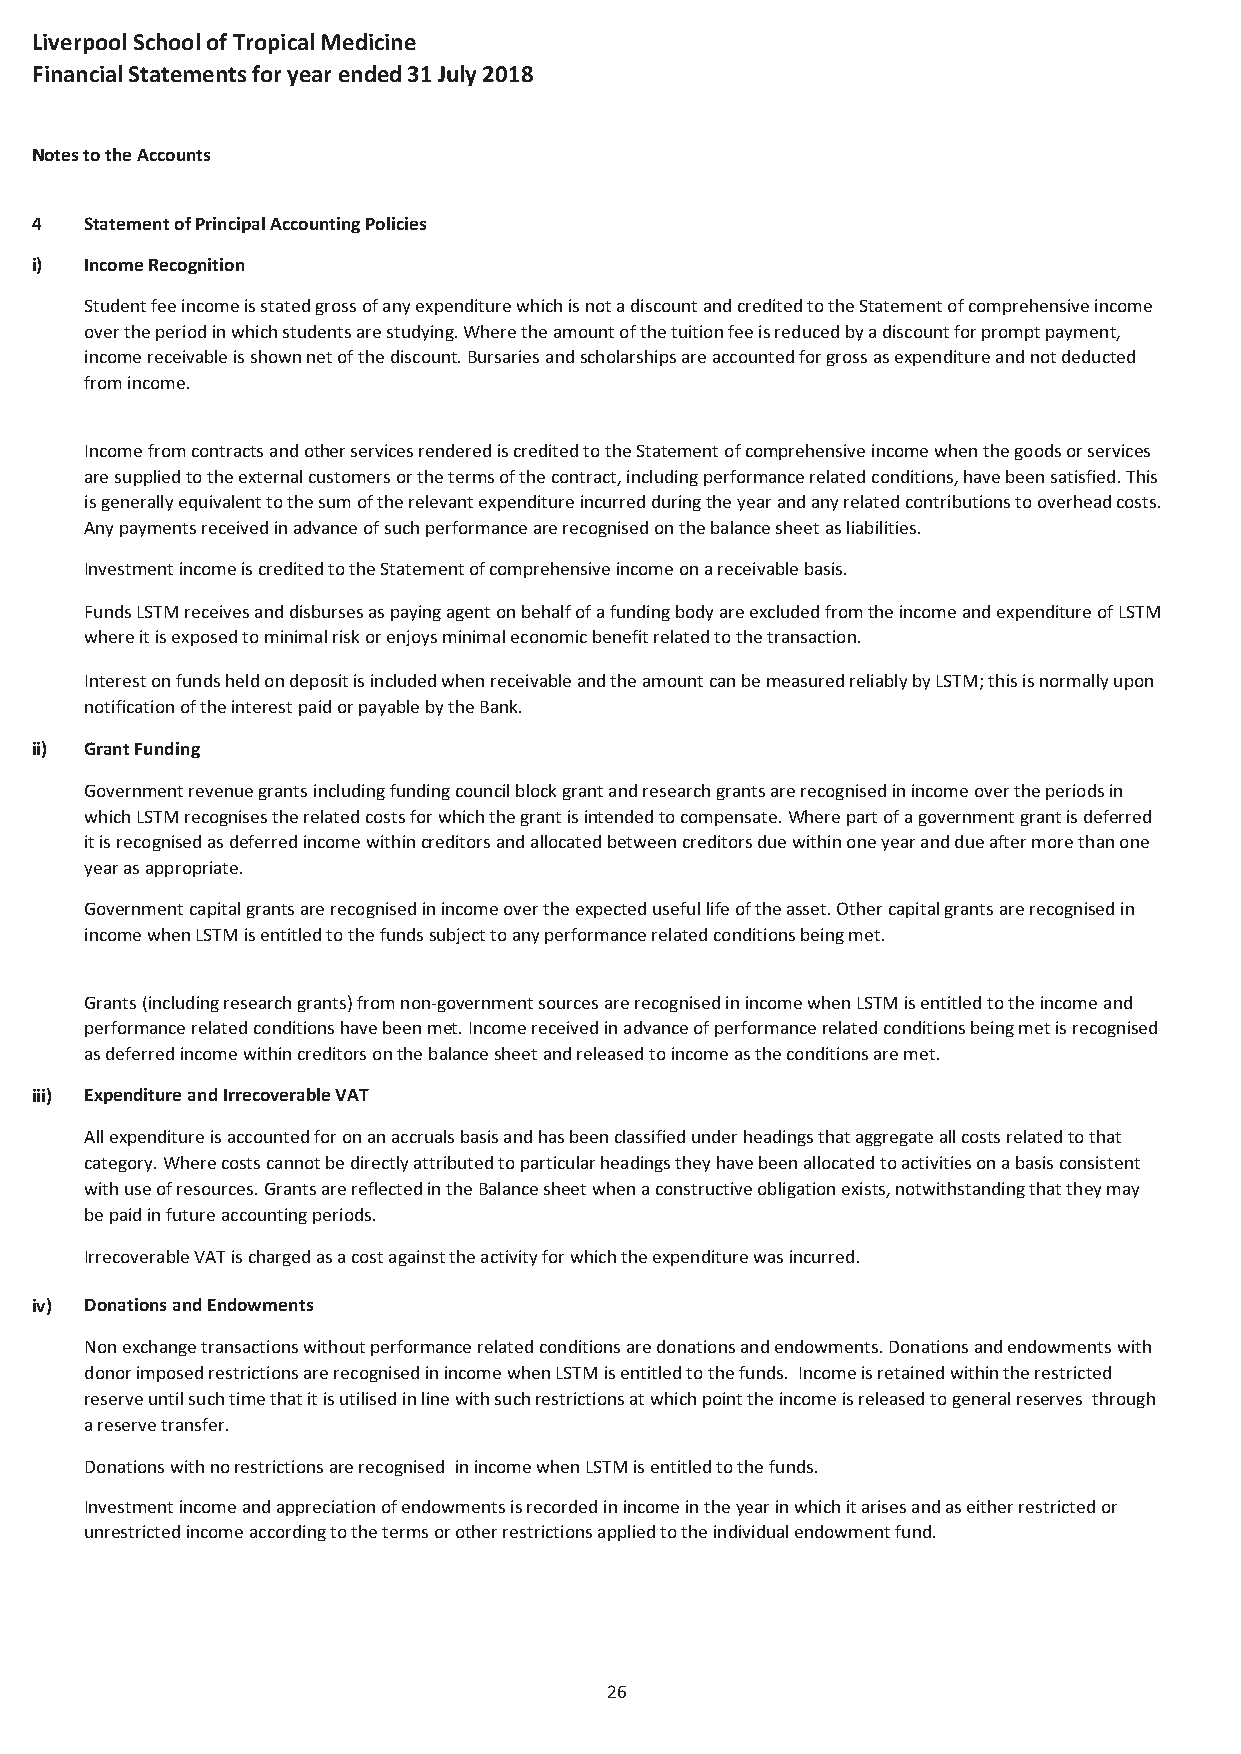
Liverpool School of Tropical Medicine
 Financial Statements for year ended 31 July 2018
 Notes to the Accounts
 4   Statement of Principal Accounting Policies
 i)  Income Recognition
 Student fee income is stated gross of any expenditure which is not a discount and credited to the Statement of comprehensive income
 over the period in which students are studying. Where the amount of the tuition fee is reduced by a discount for prompt payment,
 income receivable is shown net of the discount. Bursaries and scholarships are accounted for gross as expenditure and not deducted
 from income.
 Income from contracts and other services rendered is credited to the Statement of comprehensive income when the goods or services
 are supplied to the external customers or the terms of the contract, including performance related conditions, have been satisfied. This
 is generally equivalent to the sum of the relevant expenditure incurred during the year and any related contributions to overhead costs.
 Any payments received in advance of such performance are recognised on the balance sheet as liabilities.
 Investment income is credited to the Statement of comprehensive income on a receivable basis.
 Funds LSTM receives and disburses as paying agent on behalf of a funding body are excluded from the income and expenditure of LSTM
 where it is exposed to minimal risk or enjoys minimal economic benefit related to the transaction.
 Interest on funds held on deposit is included when receivable and the amount can be measured reliably by LSTM; this is normally upon
 notification of the interest paid or payable by the Bank.
 ii) Grant Funding
 Government revenue grants including funding council block grant and research grants are recognised in income over the periods in
 which LSTM recognises the related costs for which the grant is intended to compensate. Where part of a government grant is deferred
 it is recognised as deferred income within creditors and allocated between creditors due within one year and due after more than one
 year as appropriate.
 Government capital grants are recognised in income over the expected useful life of the asset. Other capital grants are recognised in
 income when LSTM is entitled to the funds subject to any performance related conditions being met.
 Grants (including research grants) from non-government sources are recognised in income when LSTM is entitled to the income and
 performance related conditions have been met. Income received in advance of performance related conditions being met is recognised
 as deferred income within creditors on the balance sheet and released to income as the conditions are met.
 iii) Expenditure and Irrecoverable VAT
 All expenditure is accounted for on an accruals basis and has been classified under headings that aggregate all costs related to that
 category. Where costs cannot be directly attributed to particular headings they have been allocated to activities on a basis consistent
 with use of resources. Grants are reflected in the Balance sheet when a constructive obligation exists, notwithstanding that they may
 be paid in future accounting periods.
 Irrecoverable VAT is charged as a cost against the activity for which the expenditure was incurred.
 iv) Donations and Endowments
 Non exchange transactions without performance related conditions are donations and endowments. Donations and endowments with
 donor imposed restrictions are recognised in income when LSTM is entitled to the funds. Income is retained within the restricted
 reserve until such time that it is utilised in line with such restrictions at which point the income is released to general reserves through
 a reserve transfer.
 Donations with no restrictions are recognised in income when LSTM is entitled to the funds.
 Investment income and appreciation of endowments is recorded in income in the year in which it arises and as either restricted or
 unrestricted income according to the terms or other restrictions applied to the individual endowment fund.
 26